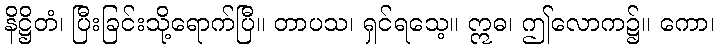
နိဋ္ဌိတံ၊ ပြီးခြင်းသို့ရောက်ပြီ။ တာပသ၊ ရှင်ရသေ့။ ဣဓ၊ ဤလောက၌။ ကော၊